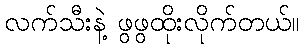
လက်သီးနဲ့ ဖွဖွထိုးလိုက်တယ်။